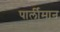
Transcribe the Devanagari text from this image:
पार्लीमान